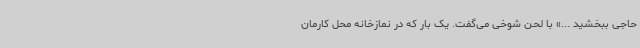
حاجی ببخشید ...» با لحن شوخی می‌گفت. یک بار که در نمازخانه محل کارمان